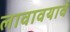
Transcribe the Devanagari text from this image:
लावावयावे